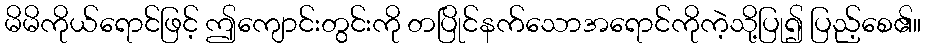
မိမိကိုယ်ရောင်ဖြင့် ဤကျောင်းတွင်းကို တပြိုင်နက်သောအရောင်ကိုကဲ့သို့ပြု၍ ပြည့်စေ၏။